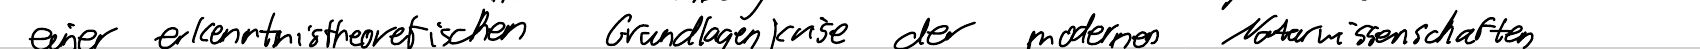
einer erkenntnistheoretischen Grundlagenkrise der modernen Naturwissenschaften